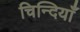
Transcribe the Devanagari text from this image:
चिन्दियाँ